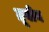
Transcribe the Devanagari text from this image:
ग्रूवीन